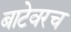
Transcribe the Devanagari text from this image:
बाटेवरच